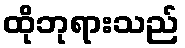
ထိုဘုရားသည်